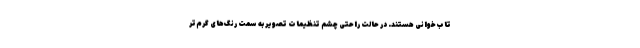
تاب‌خوانی هستند. در حالت راحتی چشم تنظیمات تصویر به سمت رنگ‌های گرم‌تر